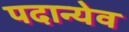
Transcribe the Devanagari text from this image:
पदान्येव